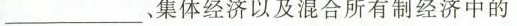
______、集体经济以及混合所有制经济中的